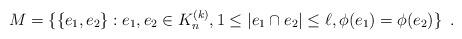
LaTeX: \begin{align*}M = \{ \{e_1,e_2\}: e_1,e_2 \in K_n^{(k)}, 1 \le | e_1 \cap e_2 | \le \ell , \phi(e_1) = \phi(e_2) \} \enspace .\end{align*}